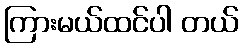
ကြားမယ်ထင်ပါ တယ်